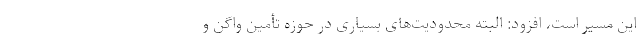
این مسیر است، افزود: البته محدودیت‌های بسیاری در حوزه تأمین واگن و